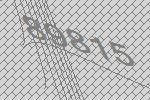
89815